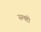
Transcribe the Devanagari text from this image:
समष्टी